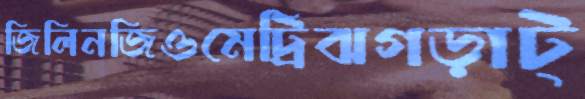
জিলিনজিওমেট্রিঝগড়াট্